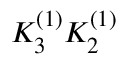
K _ { 3 } ^ { ( 1 ) } K _ { 2 } ^ { ( 1 ) }